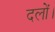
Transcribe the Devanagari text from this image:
दलों।